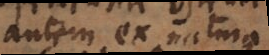
autem ex natura